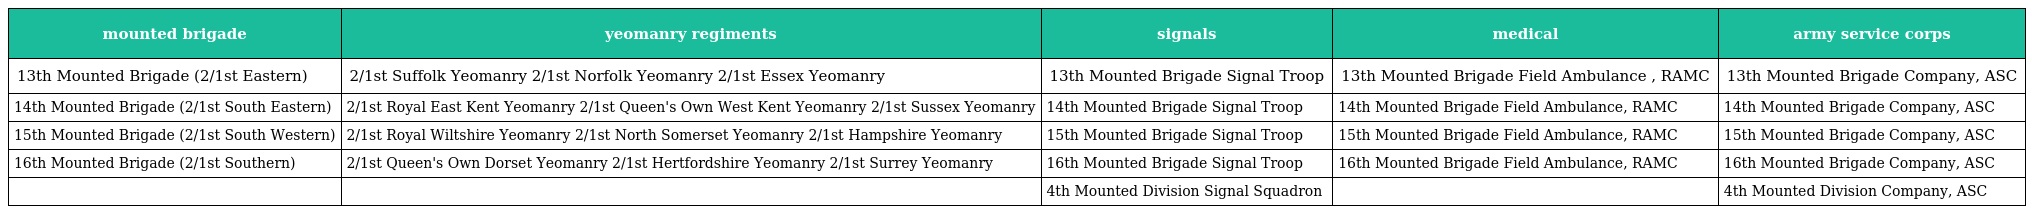
| mounted brigade | yeomanry regiments | signals | medical | army service corps |
 | --- | --- | --- | --- | --- |
 | 13th Mounted Brigade (2/1st Eastern) | 2/1st Suffolk Yeomanry 2/1st Norfolk Yeomanry 2/1st Essex Yeomanry | 13th Mounted Brigade Signal Troop | 13th Mounted Brigade Field Ambulance , RAMC | 13th Mounted Brigade Company, ASC |
 | 14th Mounted Brigade (2/1st South Eastern) | 2/1st Royal East Kent Yeomanry 2/1st Queen's Own West Kent Yeomanry 2/1st Sussex Yeomanry | 14th Mounted Brigade Signal Troop | 14th Mounted Brigade Field Ambulance, RAMC | 14th Mounted Brigade Company, ASC |
 | 15th Mounted Brigade (2/1st South Western) | 2/1st Royal Wiltshire Yeomanry 2/1st North Somerset Yeomanry 2/1st Hampshire Yeomanry | 15th Mounted Brigade Signal Troop | 15th Mounted Brigade Field Ambulance, RAMC | 15th Mounted Brigade Company, ASC |
 | 16th Mounted Brigade (2/1st Southern) | 2/1st Queen's Own Dorset Yeomanry 2/1st Hertfordshire Yeomanry 2/1st Surrey Yeomanry | 16th Mounted Brigade Signal Troop | 16th Mounted Brigade Field Ambulance, RAMC | 16th Mounted Brigade Company, ASC |
 |  |  | 4th Mounted Division Signal Squadron |  | 4th Mounted Division Company, ASC |